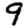
Digit: 9